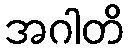
အဂါတိ